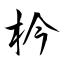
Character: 枔